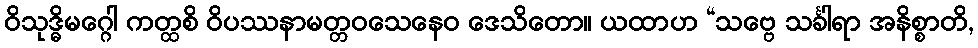
ဝိသုဒ္ဓိမဂ္ဂေါ ကတ္ထစိ ဝိပဿနာမတ္တဝသေနေဝ ဒေသိတော။ ယထာဟ “သဗ္ဗေ သင်္ခါရာ အနိစ္စာတိ,